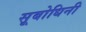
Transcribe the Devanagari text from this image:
सूबोधिनी